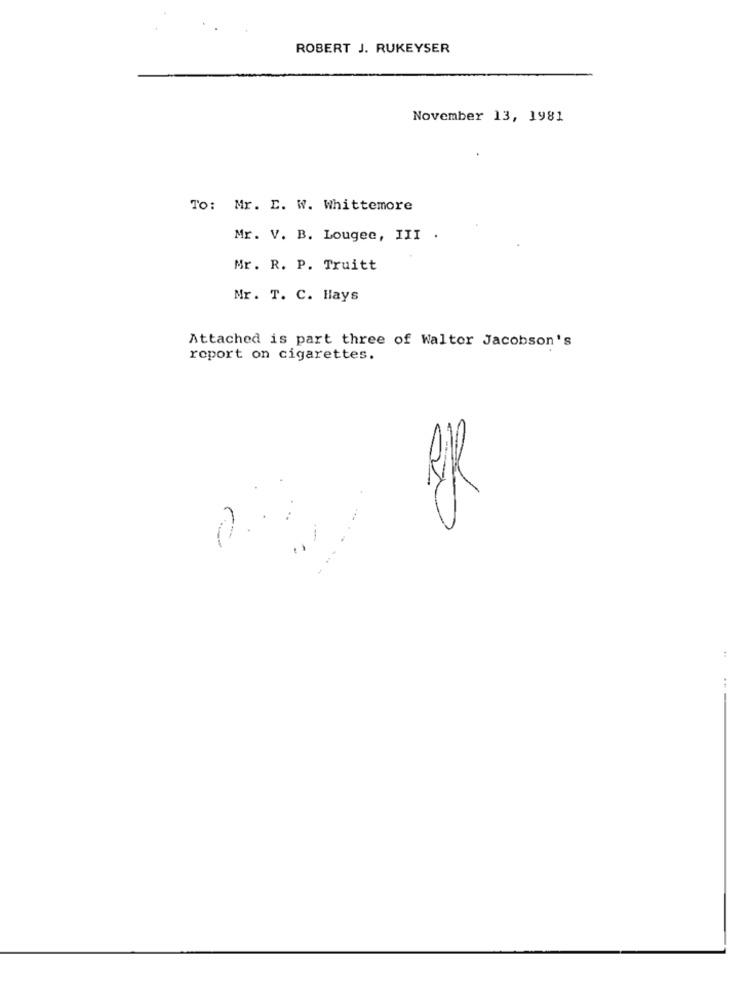
ROBERT J. RUKEYSER
November 13, 1981
To: Mr. E. W. Whittemore
Mr. V. B. Lougee, III .
Mr. R. P. Truitt
Mr. T. C. Hays
Attached is part three of Walter Jacobson's
report on cigarettes.
: